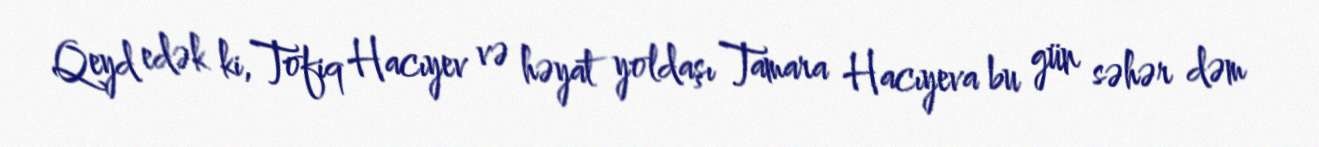
Qeyd edək ki, Tofiq Hacıyev və həyat yoldaşı Tamara Hacıyeva bu gün səhər dəm